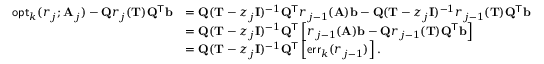
\begin{array} { r l } { \mathsf { o p t } _ { k } ( r _ { j } ; \mathbf { A } _ { j } ) - \mathbf { Q } r _ { j } ( \mathbf { T } ) \mathbf { Q } ^ { \mathsf { T } } \mathbf { b } } & { = \mathbf { Q } ( \mathbf { T } - z _ { j } \mathbf { I } ) ^ { - 1 } \mathbf { Q } ^ { \mathsf { T } } r _ { j - 1 } ( \mathbf { A } ) \mathbf { b } - \mathbf { Q } ( \mathbf { T } - z _ { j } \mathbf { I } ) ^ { - 1 } r _ { j - 1 } ( \mathbf { T } ) \mathbf { Q } ^ { \mathsf { T } } \mathbf { b } } \\ & { = \mathbf { Q } ( \mathbf { T } - z _ { j } \mathbf { I } ) ^ { - 1 } \mathbf { Q } ^ { \mathsf { T } } \left[ r _ { j - 1 } ( \mathbf { A } ) \mathbf { b } - \mathbf { Q } r _ { j - 1 } ( \mathbf { T } ) \mathbf { Q } ^ { \mathsf { T } } \mathbf { b } \right] } \\ & { = \mathbf { Q } ( \mathbf { T } - z _ { j } \mathbf { I } ) ^ { - 1 } \mathbf { Q } ^ { \mathsf { T } } \left[ \mathsf { e r r } _ { k } ( r _ { j - 1 } ) \right] . } \end{array}